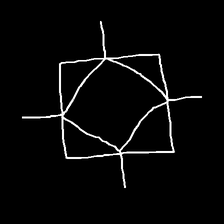
Glyph: light